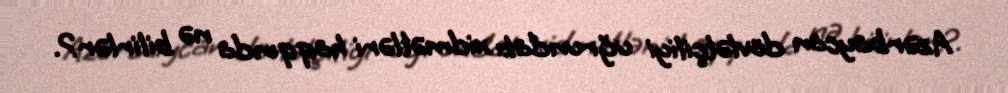
Azərbaycan dövlətçiliyi uğrundakı xidmətləri haqqında nə bilirlər?.